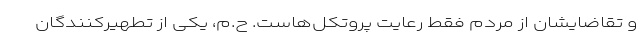
و تقاضایشان از مردم فقط رعایت پروتکل‌هاست. ح.م، یکی از تطهیرکنندگان